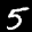
Label: 5